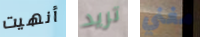
أنهيت تريد مغني